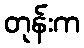
တုန်းက